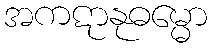
အကဋာနုဓမ္မော